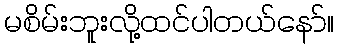
မစိမ်းဘူးလို့ထင်ပါတယ်နော်။